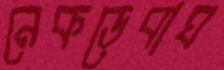
নেকড়েবাঘ